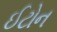
ઈટોન